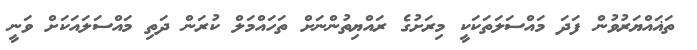
ތަޣައްޔަރުވުން ފަދަ މައްސަލަތަކަކީ މިރަށުގެ ރައްޔިތުންނަށް ތަހައްމަލް ކުރަން ދަތި މައްސަލައަކަށް ވަނީ